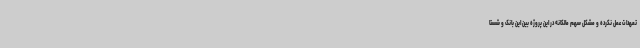
تعهدات عمل نکرده و مشکل سهم مالکانه در این پروژه بین این بانک و شستا